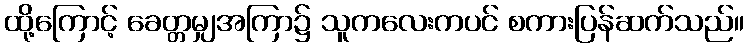
ထို့ကြောင့် ခေတ္တမျှအကြာ၌ သူကလေးကပင် စကားပြန်ဆက်သည်။